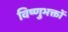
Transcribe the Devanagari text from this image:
विष्णुभक्तों